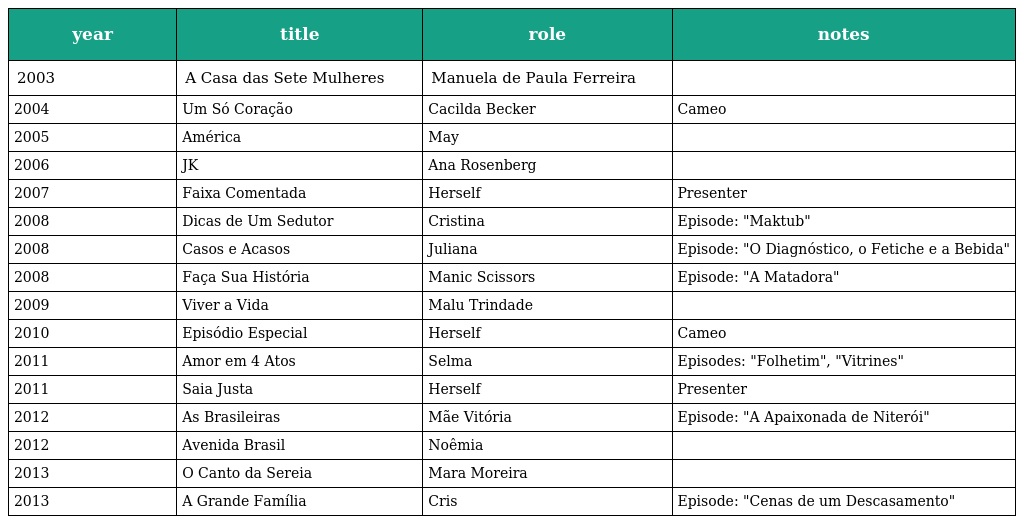
| year | title | role | notes |
 | --- | --- | --- | --- |
 | 2003 | A Casa das Sete Mulheres | Manuela de Paula Ferreira |  |
 | 2004 | Um Só Coração | Cacilda Becker | Cameo |
 | 2005 | América | May |  |
 | 2006 | JK | Ana Rosenberg |  |
 | 2007 | Faixa Comentada | Herself | Presenter |
 | 2008 | Dicas de Um Sedutor | Cristina | Episode: "Maktub" |
 | 2008 | Casos e Acasos | Juliana | Episode: "O Diagnóstico, o Fetiche e a Bebida" |
 | 2008 | Faça Sua História | Manic Scissors | Episode: "A Matadora" |
 | 2009 | Viver a Vida | Malu Trindade |  |
 | 2010 | Episódio Especial | Herself | Cameo |
 | 2011 | Amor em 4 Atos | Selma | Episodes: "Folhetim", "Vitrines" |
 | 2011 | Saia Justa | Herself | Presenter |
 | 2012 | As Brasileiras | Mãe Vitória | Episode: "A Apaixonada de Niterói" |
 | 2012 | Avenida Brasil | Noêmia |  |
 | 2013 | O Canto da Sereia | Mara Moreira |  |
 | 2013 | A Grande Família | Cris | Episode: "Cenas de um Descasamento" |